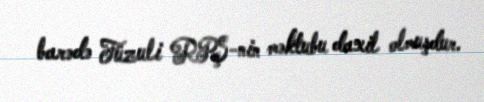
barədə Füzuli RPŞ-nin məktubu daxil olmuşdur.